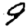
Digit: 9